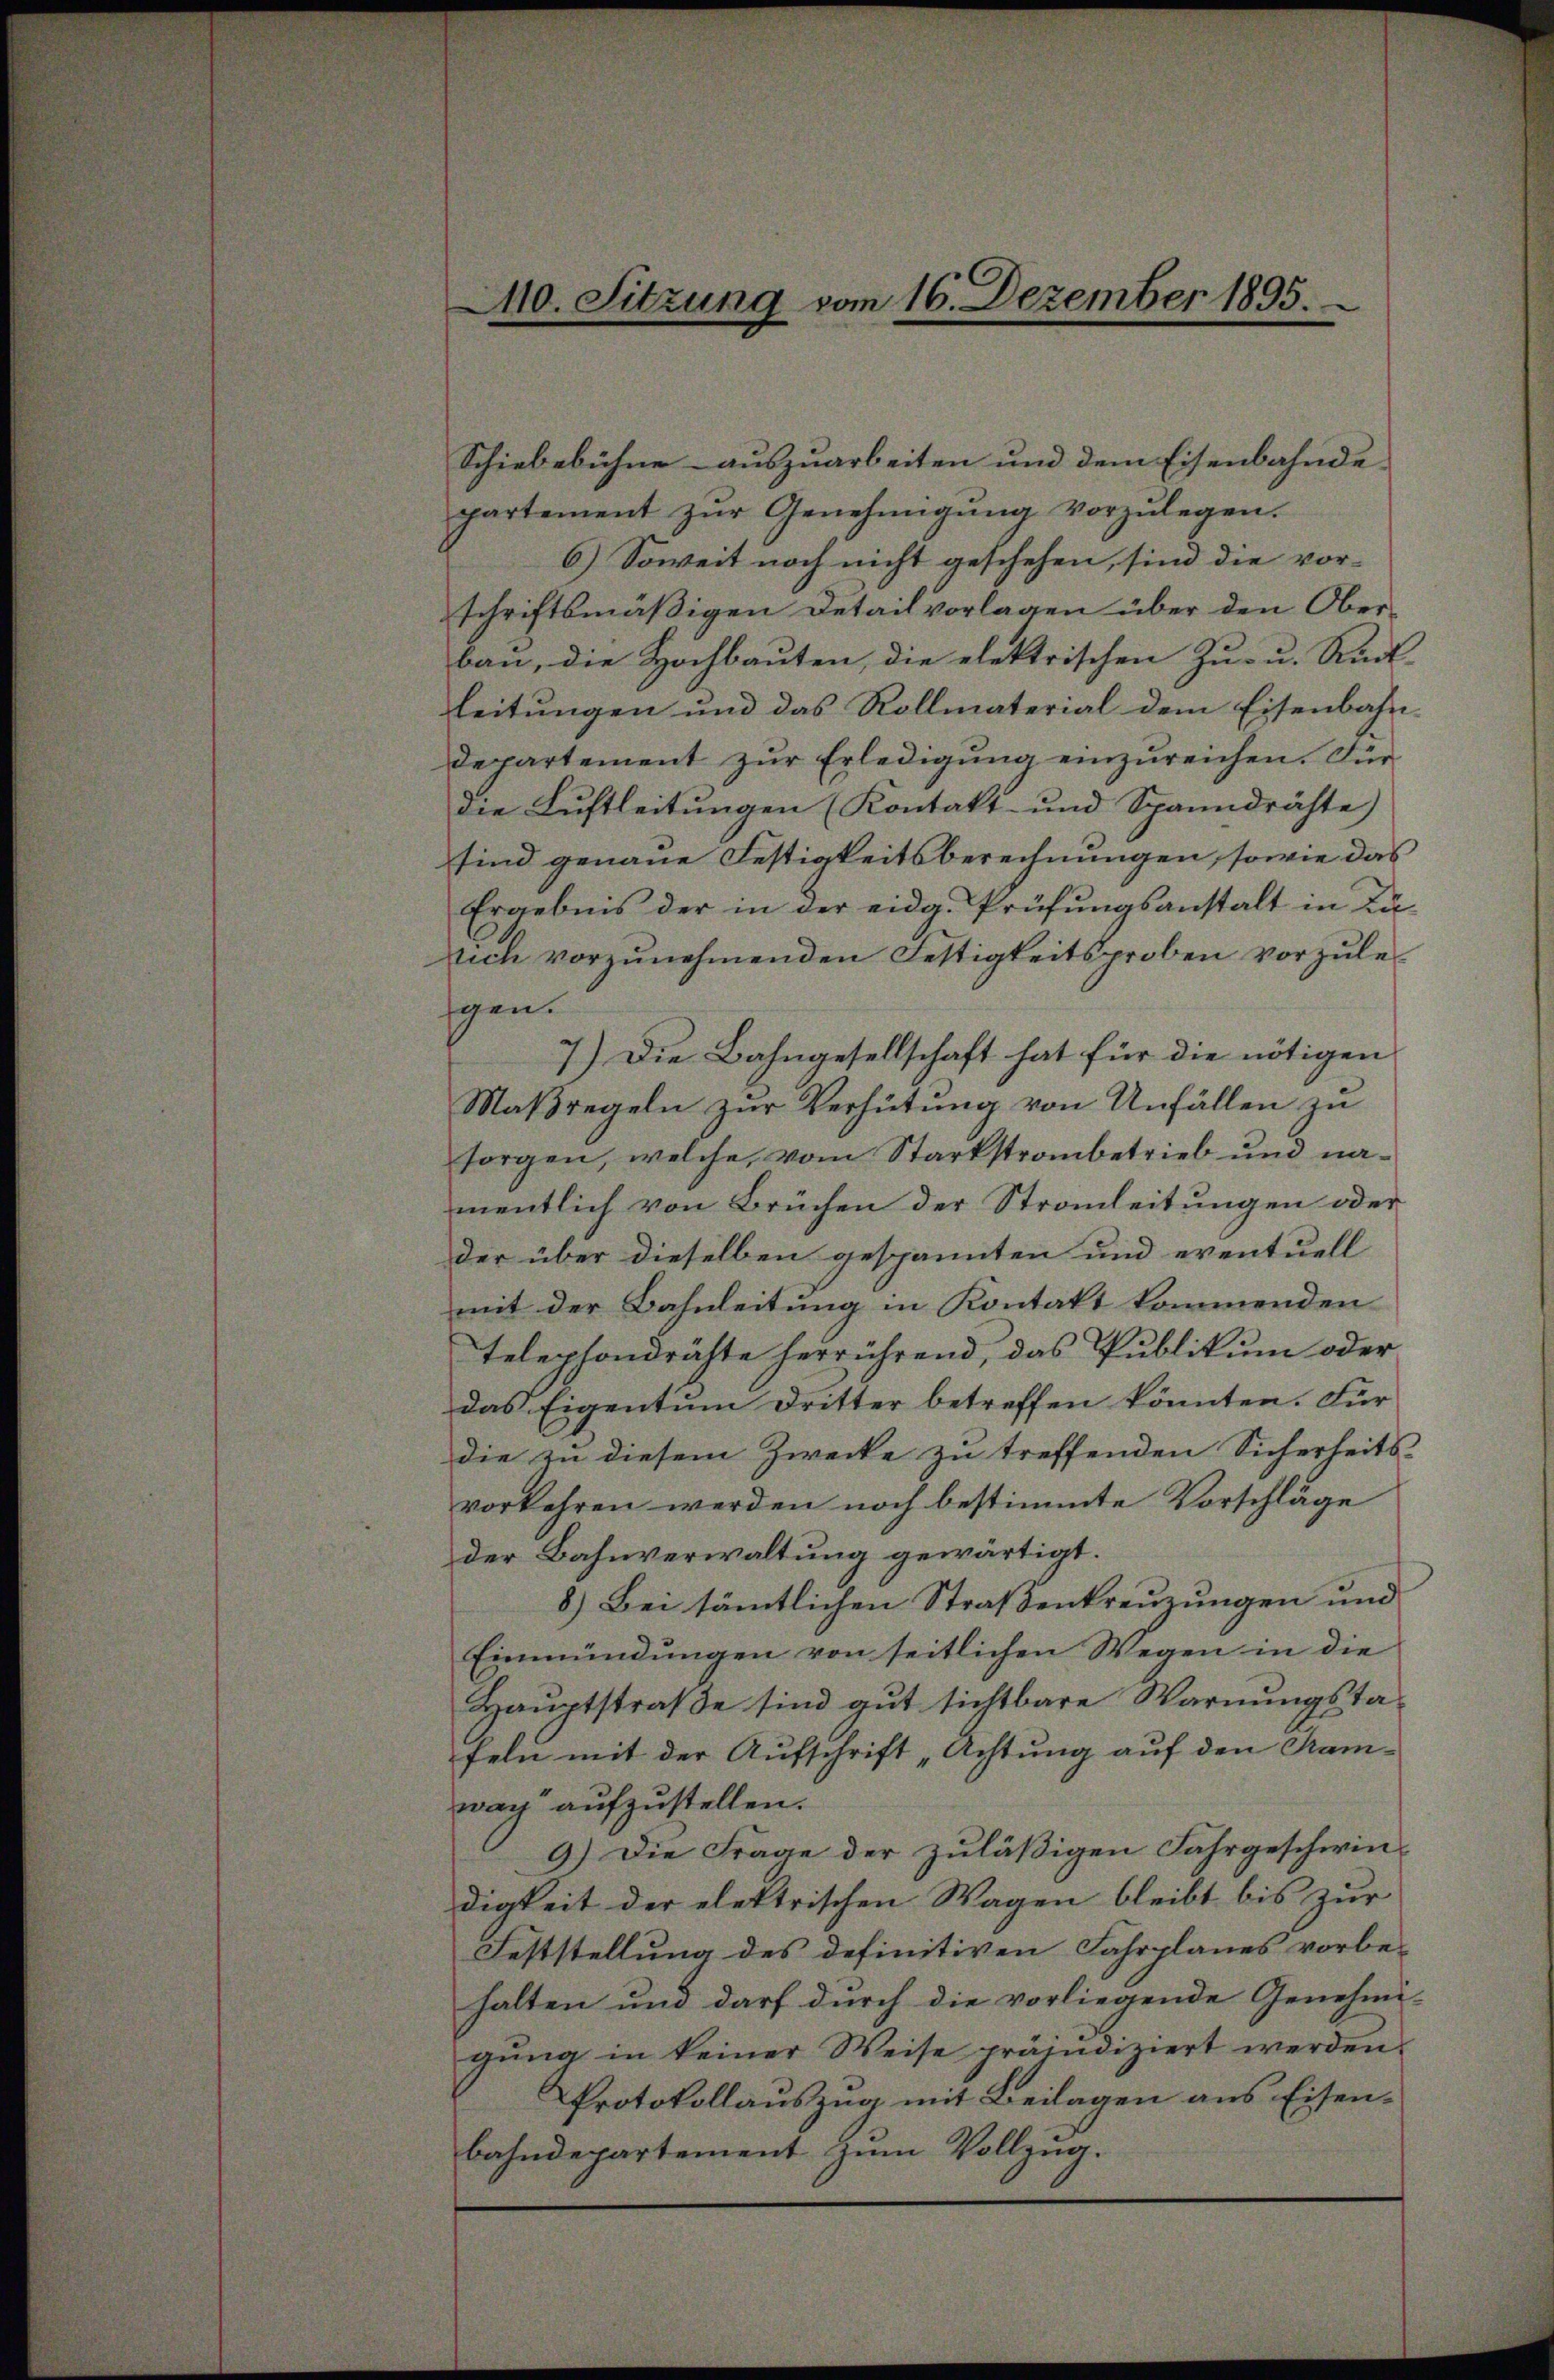
M0. Sitzung vom 16. Dezember 1895.

Schiebebühne auszuarbeiten und dem Eisenbahnde
partement zŭr Genehmigŭng vorzŭlegen.
6) Soweit noch nicht geschehen, sind die vor-
schriftsmäßigen Detail vorlagen über den Ober-
bau, die Hochbauten, die elektrischen Zu- u. Rück-
leitungen und das Rollmaterial dem Eisenbahn-
departement zur Erledigung einzureichen. Für
die Luftleitungen (Kontakt- und Spanndrähte)
sind genaue Festigkeitsberechnungen, sowie das
Ergebnis der in der eidg. Prüfungsanstalt in Lusich vorzunehmenden Festigkeitsproben vorzulesgen.
7.) Die Bahngesellschaft hat für die nötigen
Maßregeln zur Verhütung von Unfällen zu
sorgen, welche, vom Starkstranbetrieb und namentlich von Brüchen der Strauleitungen oder
der über dieselben gespannten und eventuell
mit der Bahnleitung in Kontakt kommenden
telephondrähte herrührend, das Publikum oder
das Eigentum Dritter betreffen könnten. Für
die zu diesem Zwecke zu treffenden Sicherheits-
vorkehren werden noch bestimmte Vorschläge
der Bahnverwaltung gewärtigt.
8.) Bei sämtlichen Straßenkreuzungen und
Einmündungen von seitlichen Wegen in die
Hauptstraße sind gut sichtbare Warnungstafeln mit der Aufschrift „Achtung auf den Kamwar aufzustellen.
9.) Die Frage der zuläßigen Fahrgeschwin-
digkeit der elektrischen Wagen bleibt bis zur
Feststellung des definitiven Fahrplanes vorbe-
halten und darf durch die vorliegende Genehmi-
gŭng in keiner Weise präjudiziert werden.
Protokollauszug mit Beilagen aus Eisenbahndepartement zum Vollzug.